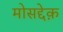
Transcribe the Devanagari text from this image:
मोसद्देक़